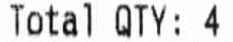
TATAL QTY:4